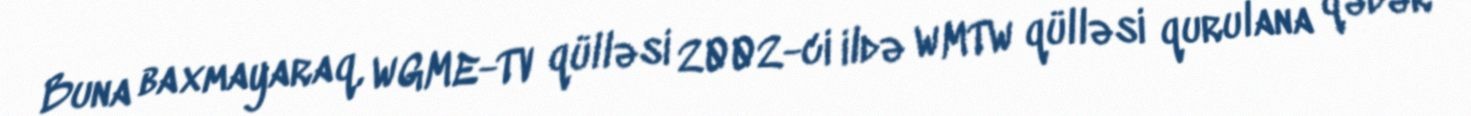
Buna baxmayaraq, WGME-TV qülləsi 2002-ci ildə WMTW qülləsi qurulana qədər